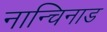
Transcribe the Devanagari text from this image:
नान्चिनाड